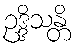
ဥဒ္ဒိသန္တိ